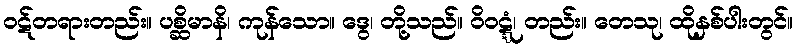
ဝဋ်တရားတည်း။ ပစ္ဆိမာနိ၊ ကုန်သော။ ဒွေ၊ တို့သည်။ ဝိဝဋ္ဋံ၊ တည်း။ တေသု၊ ထိုနှစ်ပါးတွင်။